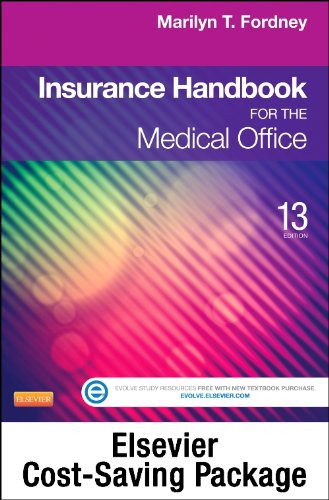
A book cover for Insurance Handbook for the Medical Office - Text and Workbook Package, 13e; Marilyn Fordney CMA-AC; Medical Books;